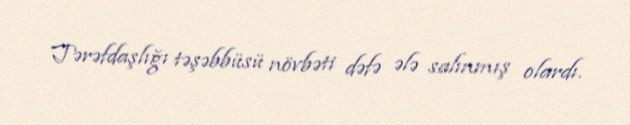
Tərəfdaşlığı təşəbbüsü növbəti dəfə ələ salınmış olardı.